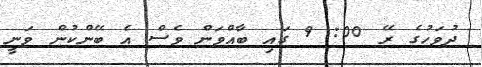
ދުވަހުގެ ރޭ 00: 9 ގައި ބާއްވަން ވެސް އެ ބޭންކުން ވަނީ